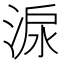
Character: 㴃